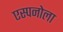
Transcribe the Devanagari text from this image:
एस्पनोला